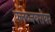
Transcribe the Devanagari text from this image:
क्लब्जबरोबर